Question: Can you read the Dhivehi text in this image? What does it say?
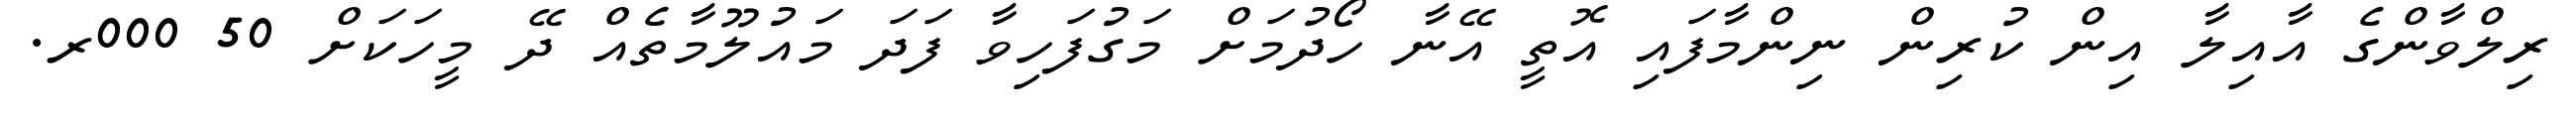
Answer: ރިލްވާންގެ އާއިލާ އިން ކުރިން ނިންމާފައި އޮތީ އޭނާ ހޯދުމަށް މަގުފަހިވާ ފަދަ މައުލޫމާތެއް ދޭ މީހަކަށް 50 000ރ.